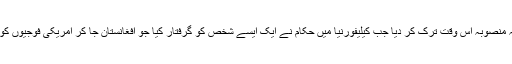
اطلاعات کے مطابق انھوں نے یہ منصوبہ اس وقت ترک کر دیا جب کیلیفورنیا میں حکام نے ایک ایسے شخص کو گرفتار کیا جو افغانستان جا کر امریکی فوجیوں کو قتل کرنے کا منصوبہ رکھتا تھا۔